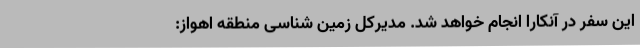
این سفر در آنکارا انجام خواهد شد. مدیرکل زمین شناسی منطقه اهواز: